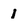
Character: 1